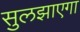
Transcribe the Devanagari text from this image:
सुलझाएगा